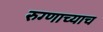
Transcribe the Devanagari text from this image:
रुग्णाच्याच